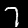
Digit: 7